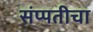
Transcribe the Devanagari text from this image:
संप्पतीचा